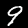
Label: 9